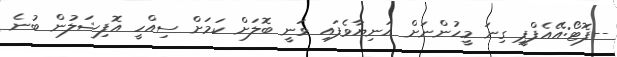
--ފޮޓޯ:އޭއެފްޕީ ގިނަ މީހުންނަށް އަނިޔާވެފައި ވަނީ ބޮލަށް ކަމަށް ސިއްހީ އޮފިޝަލުން ބުނެ